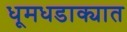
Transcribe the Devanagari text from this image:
धूमधडाक्यात